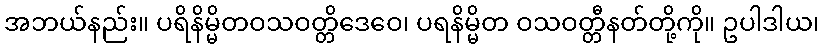
အဘယ်နည်း။ ပရိနိမ္မိတဝသဝတ္တိဒေဝေ၊ ပရနိမ္မိတ ဝသဝတ္တီနတ်တို့ကို။ ဥပါဒါယ၊